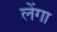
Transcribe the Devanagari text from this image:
लेंगा